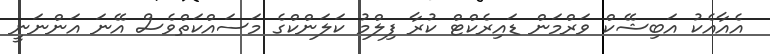
އެއާއެކު އަބިޝޭކް ވަރްމަން ޑައިރެކްޓް ކުރާ ފިލްމު ކަލަންކްގެ މަސައްކަތްވެސް އޭނަ އަންނަނީ